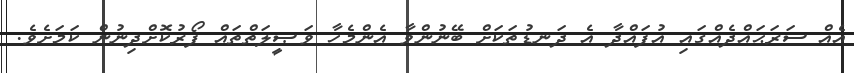
އެއް ސަރަޙައްދެއްގައި އުފައްދާ އެ ދަނޑުތަކަށް ބޭނުންވާ އެންމެހާ ވަޞީލަތްތައް ފޯރުކޮށްދިނުން ކަމަށެވެ.